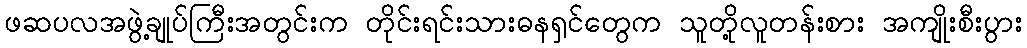
ဖဆပလအဖွဲ့ချုပ်ကြီးအတွင်းက တိုင်းရင်းသားဓနရှင်တွေက သူတို့လူတန်းစား အကျိုးစီးပွား